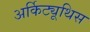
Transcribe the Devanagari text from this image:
अर्किट्यूथिस